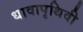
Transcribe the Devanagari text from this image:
धावापृथिवी